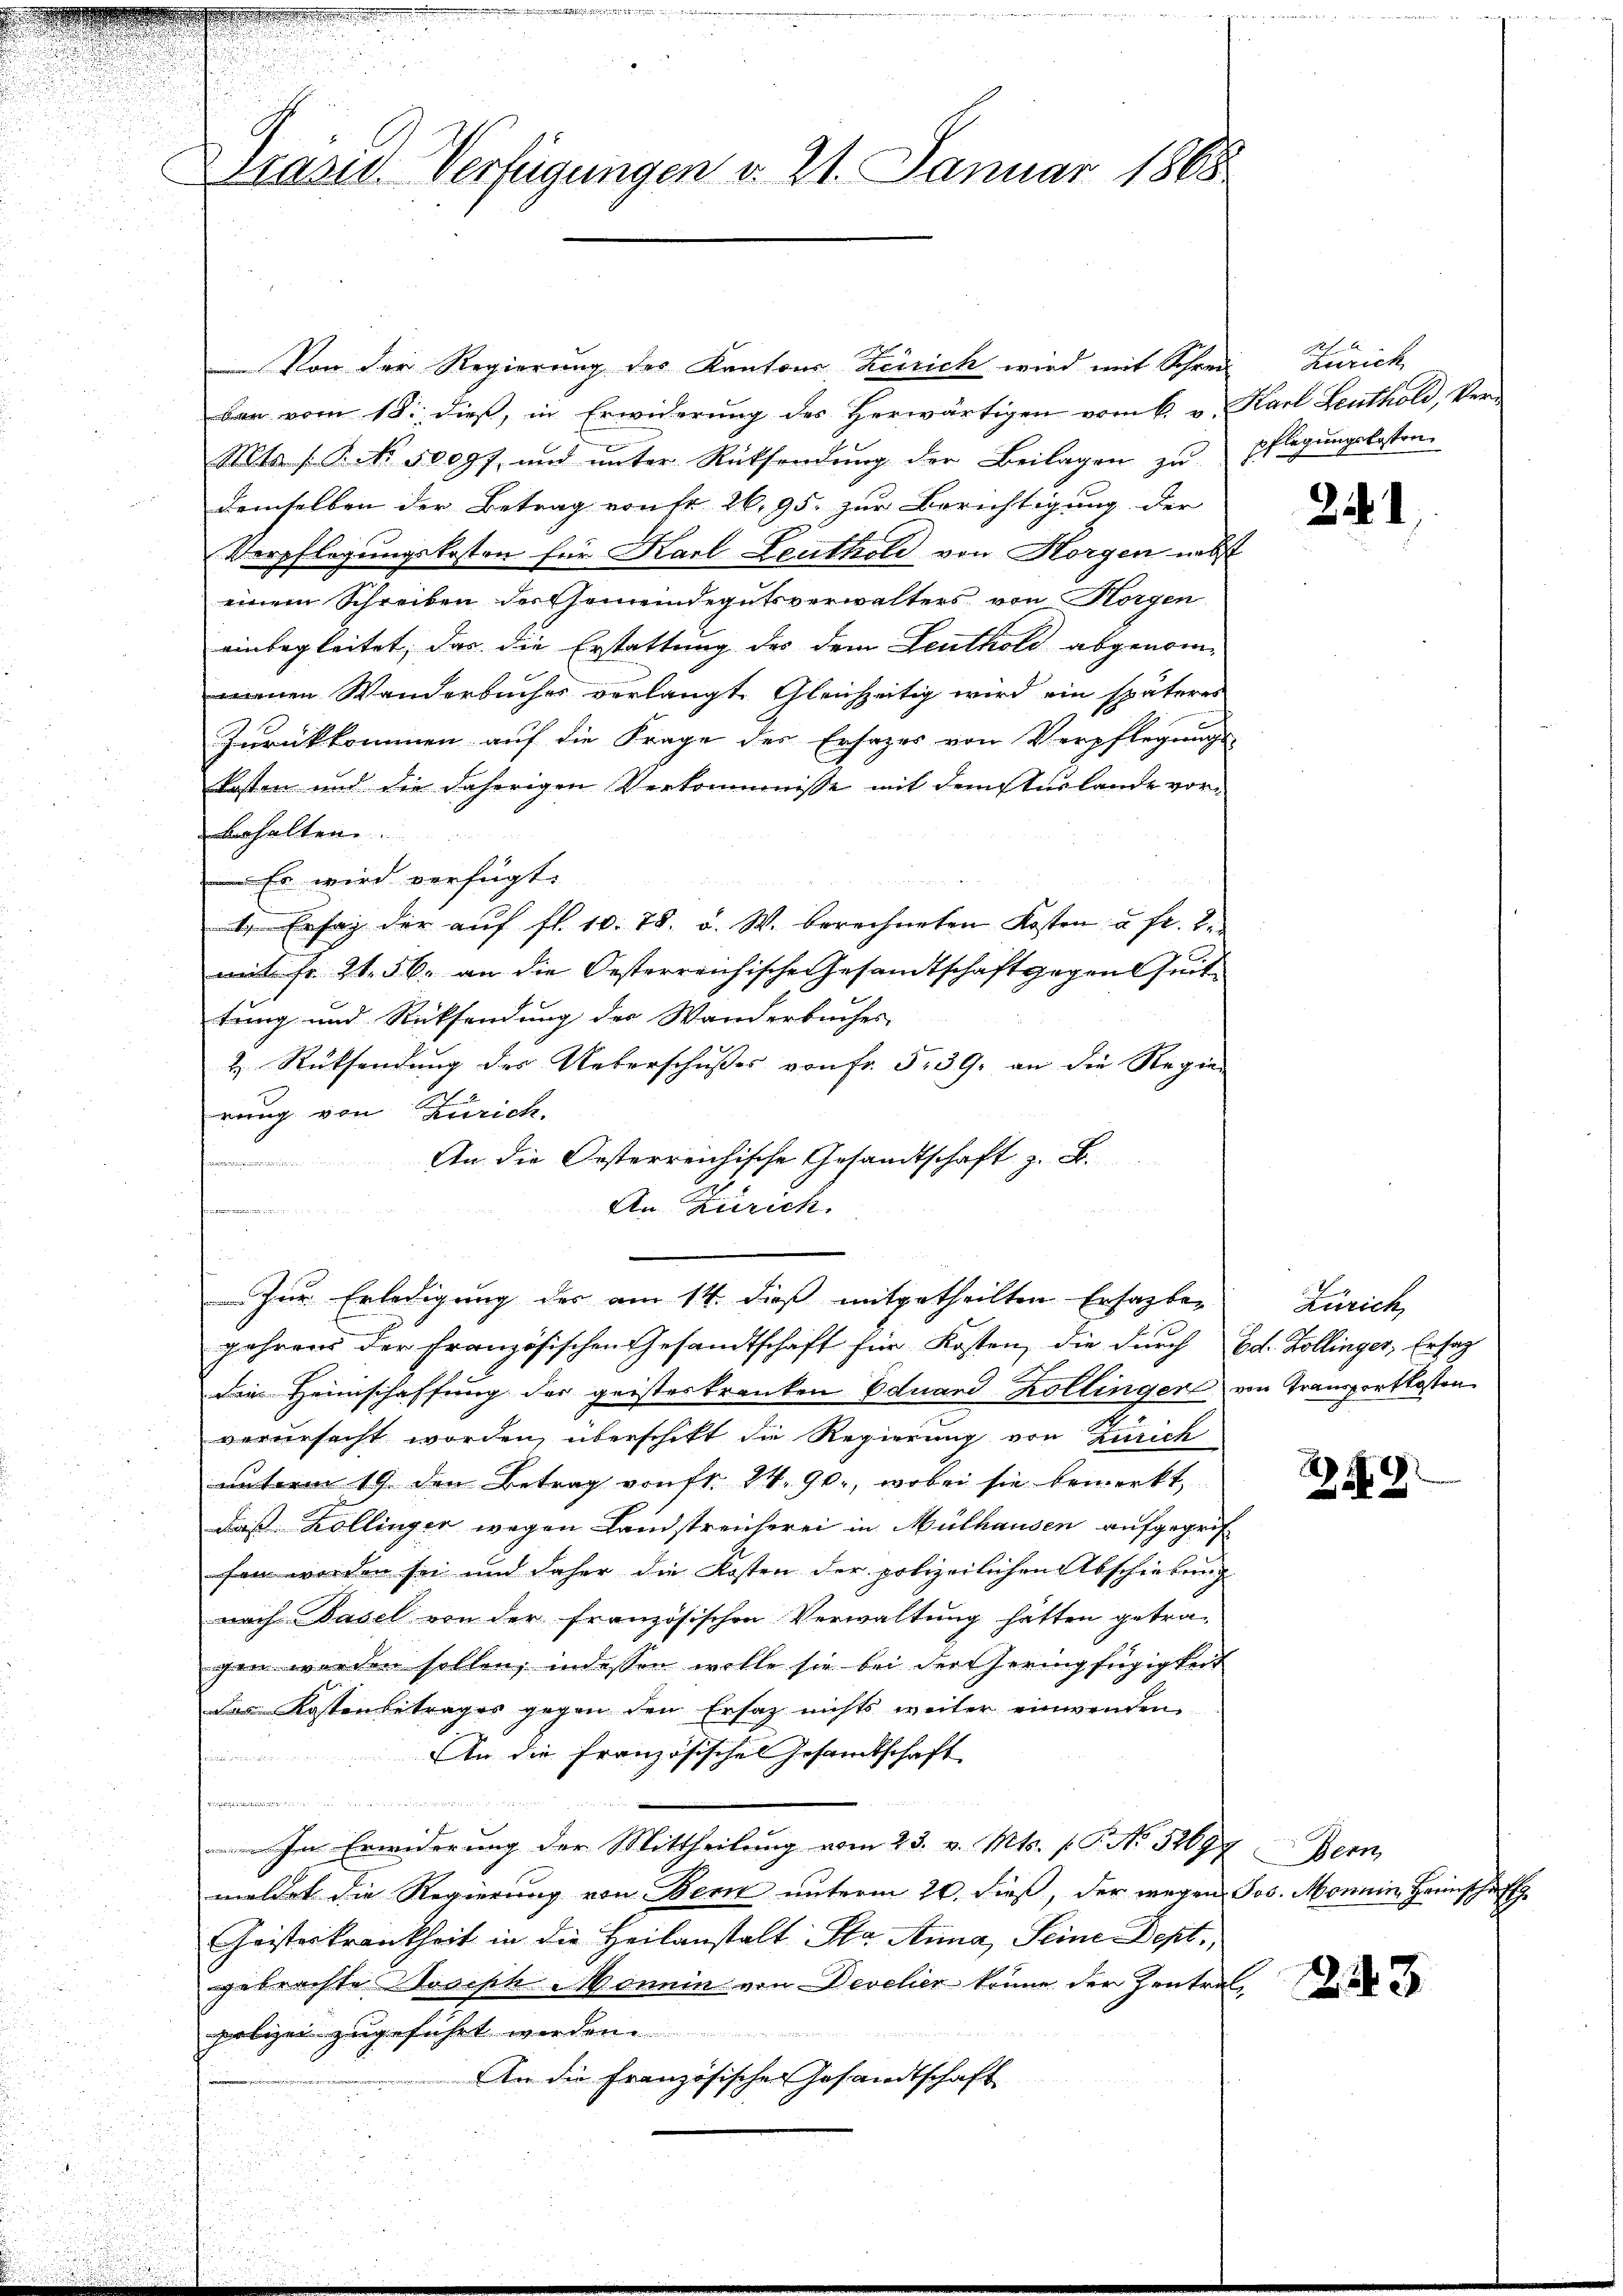
Basis Verfügungen v. 21. Januar 1863.

Von der Regierung des Kantons Zeirich wird mit Schrei- Zürich
bar vom 18. dieß, in Erwiderung des Herwärtigen vom 6. v. Karl Leuthold, Ver¬
Mts /: P. Nr. 5009f ŭnd ŭnter Rücksendŭng der Beilagen zŭ pflegŭngsbesten.
demselben der Betrag von fr. 26,95. zur Berichtigung der
Verpflegungskosten für Karl Leuthold von Horgen nebst
einem Schreiben der Gemeindegutsverwalters von Horgen
einbegleitet, das die Erstattung des dem Leuthold abgenommenen Wanderbuches verlangt. Gleichzeitig wird ein späteres
Zurückkommen auf die Frage des Ersazer von Verpflegung
Kosten und die daherigen Verkommnisse mit dem sturlande vorbehalten
 Es wird verfügt:
1 Enfang der auf fl. 10. 78. d. W. berechneten Kosten à fr. 2.
mit Fr. 24. 56. an die Oesterreichische Gesandtschaft gegen Zeit
tung und Rücksendung des Wanderbuches
H. Rücksendung des Ueberschusses von fr. 539. an die Regie
rung von Zürich.
An die Oesterreichische Gesandtschaft z. B.
n
An Zürich.
 H, 273 di
Zur Erledigung des am 14. dieß mitgetheilten Ersazbe-
gehrens der Französischen Gesandtschaft für Kosten, die durch Ed. Zollinger, Ersag
die Heimschaffung der geisteskranken Eduard Kollinger von Transportkosten
verursacht worden, überschikt die Regierung von Zürich
unterm 19. den Betrag von fr. 24. 90, wobei sie bemerkt,
daß Zollinger wegen Landstreicherei in Mülhausen aufgegrif
fen worden sei und daher die Kosten der polizeilichen Abschiebung
nach Basel von der französischen Verwaltung hätten getra-
gen werden sollen, indessen wolle sie bei der Heringfügigkeit
das Kostenbetrages gegen den Ersatz nichts weiter einwenden
An die Französisches Gesamtschaft

d. entschen werdenten aber den der der der entwerten der den der                       des des Reich wie die er den der anerkenden worden von eines
Im Erwiderung der Mittheilung vom 23. v. Mts. (T. No 52697 Bern,
meldet die Regierung von Bern unterm 20. dieß, der wegen Jos. Monnin Heinschaft
Geisteskrankheit in die Heilanstalt Sta Anna, Seine Dept.,
gebrachte Joseph Mannin von Develier könne der Zentral
polizei zugeführt werden.
An die Französischen Gesandtschaft

21

Zürich,

i

G

243